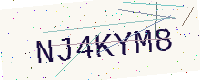
Text: NJ4KYM8